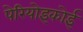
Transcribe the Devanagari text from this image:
पेरियोइकोई